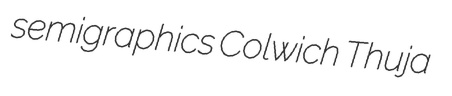
semigraphics Colwich Thuja